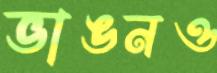
ভাঙনও